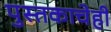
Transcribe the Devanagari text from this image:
पुस्तकाचेही